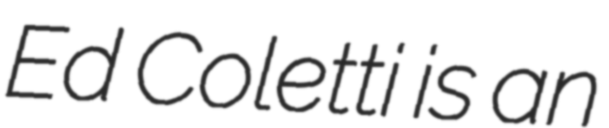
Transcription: Ed Coletti is an